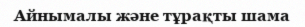
Айнымалы және тұрақты шама